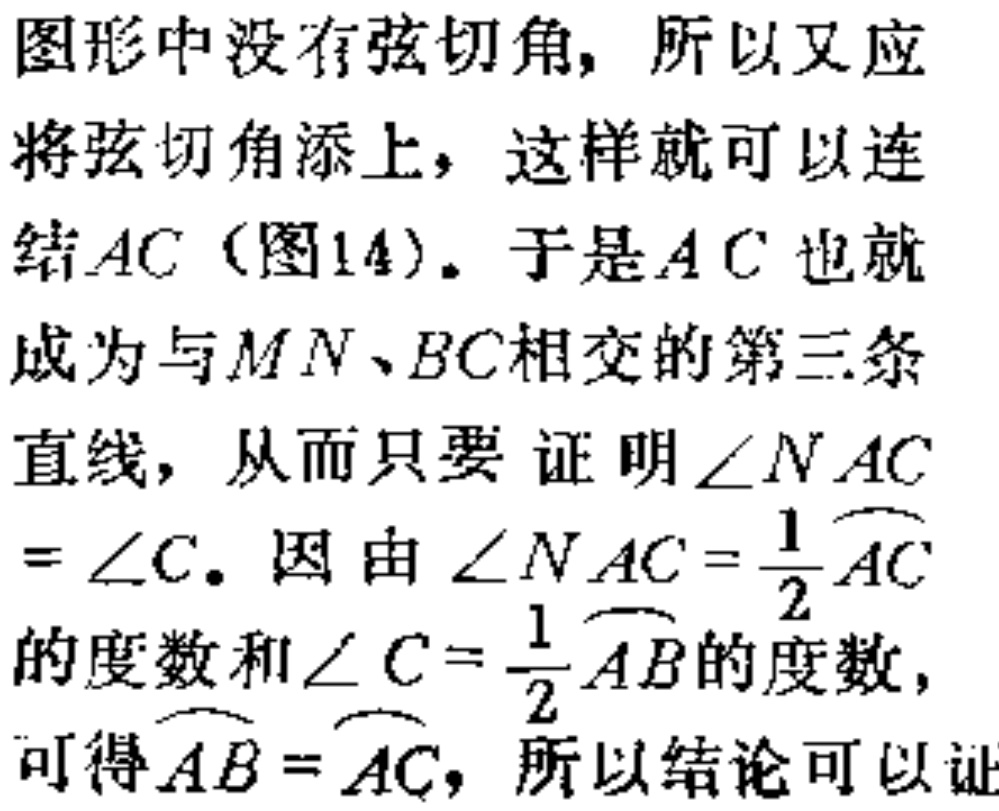
图形中没有弦切角, 所以又应
将弦切角添上, 这样就可以连
结\(AC\)（图14）. 于是\(AC\)也就
成为与\(MN、BC\)相交的第三条
直线, 从而只要 证 明\(\angle NAC\)
\(= \angle C\). 因 由\(\angle NAC = \frac{1}{2}\overset{\frown}{AC}\)
的度数和\(\angle C = \frac{1}{2}\overset{\frown}{AB}\)的度数,
可得\(\overset{\frown}{AB} = \overset{\frown}{AC}\), 所以结论可以证